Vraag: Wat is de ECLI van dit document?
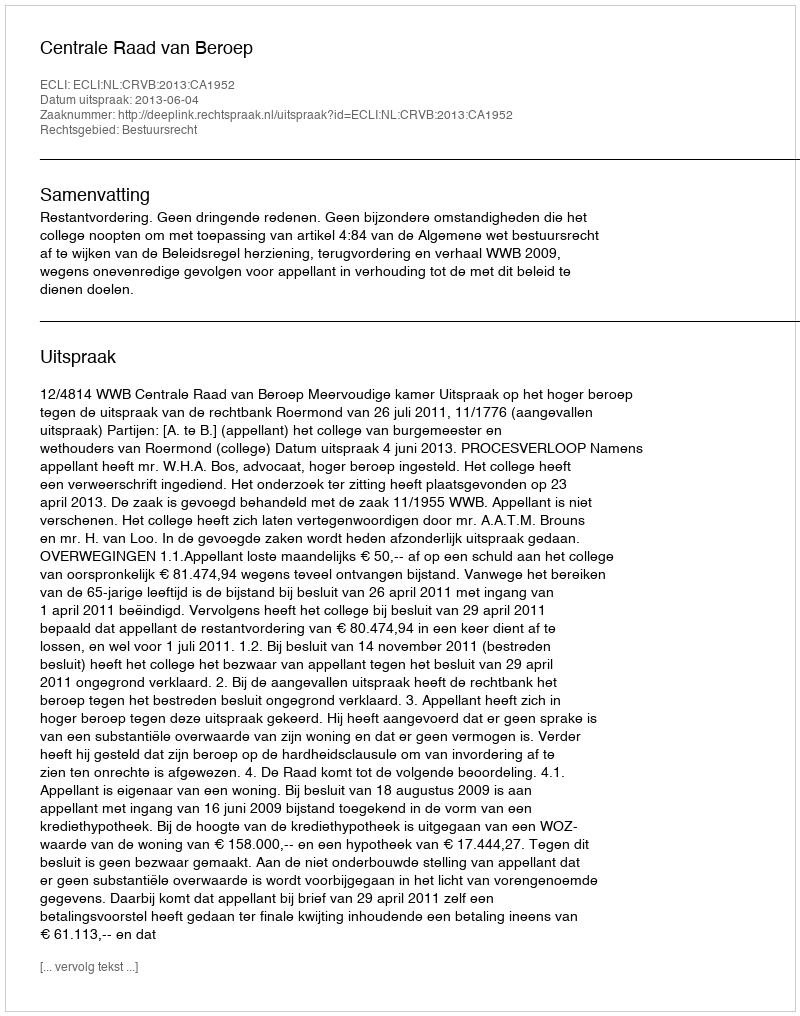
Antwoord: ECLI:NL:CRVB:2013:CA1952